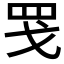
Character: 𫻬